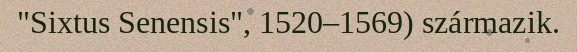
"Sixtus Senensis", 1520–1569) származik.